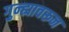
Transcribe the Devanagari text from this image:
गुन्ह्यावरून